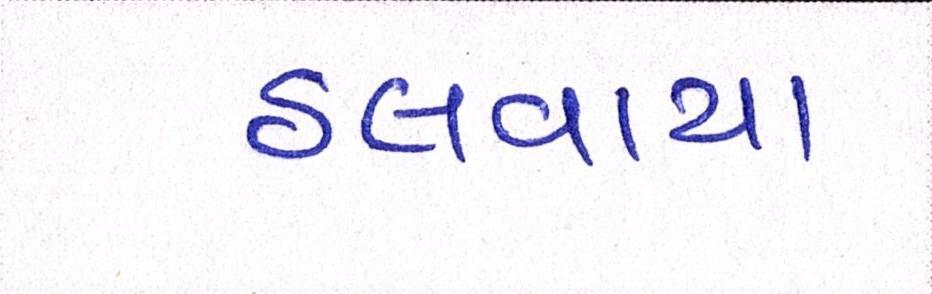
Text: ઠલવાયા